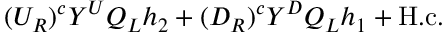
( U _ { R } ) ^ { c } Y ^ { U } Q _ { L } h _ { 2 } + ( D _ { R } ) ^ { c } Y ^ { D } Q _ { L } h _ { 1 } + \mathrm { H . c . }